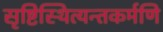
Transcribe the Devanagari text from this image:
सृष्टिस्थित्यन्तकर्मणि